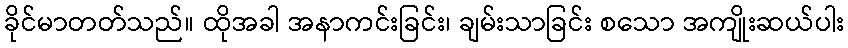
ခိုင်မာတတ်သည်။ ထိုအခါ အနာကင်းခြင်း၊ ချမ်းသာခြင်း စသော အကျိုးဆယ်ပါး